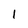
Character: l